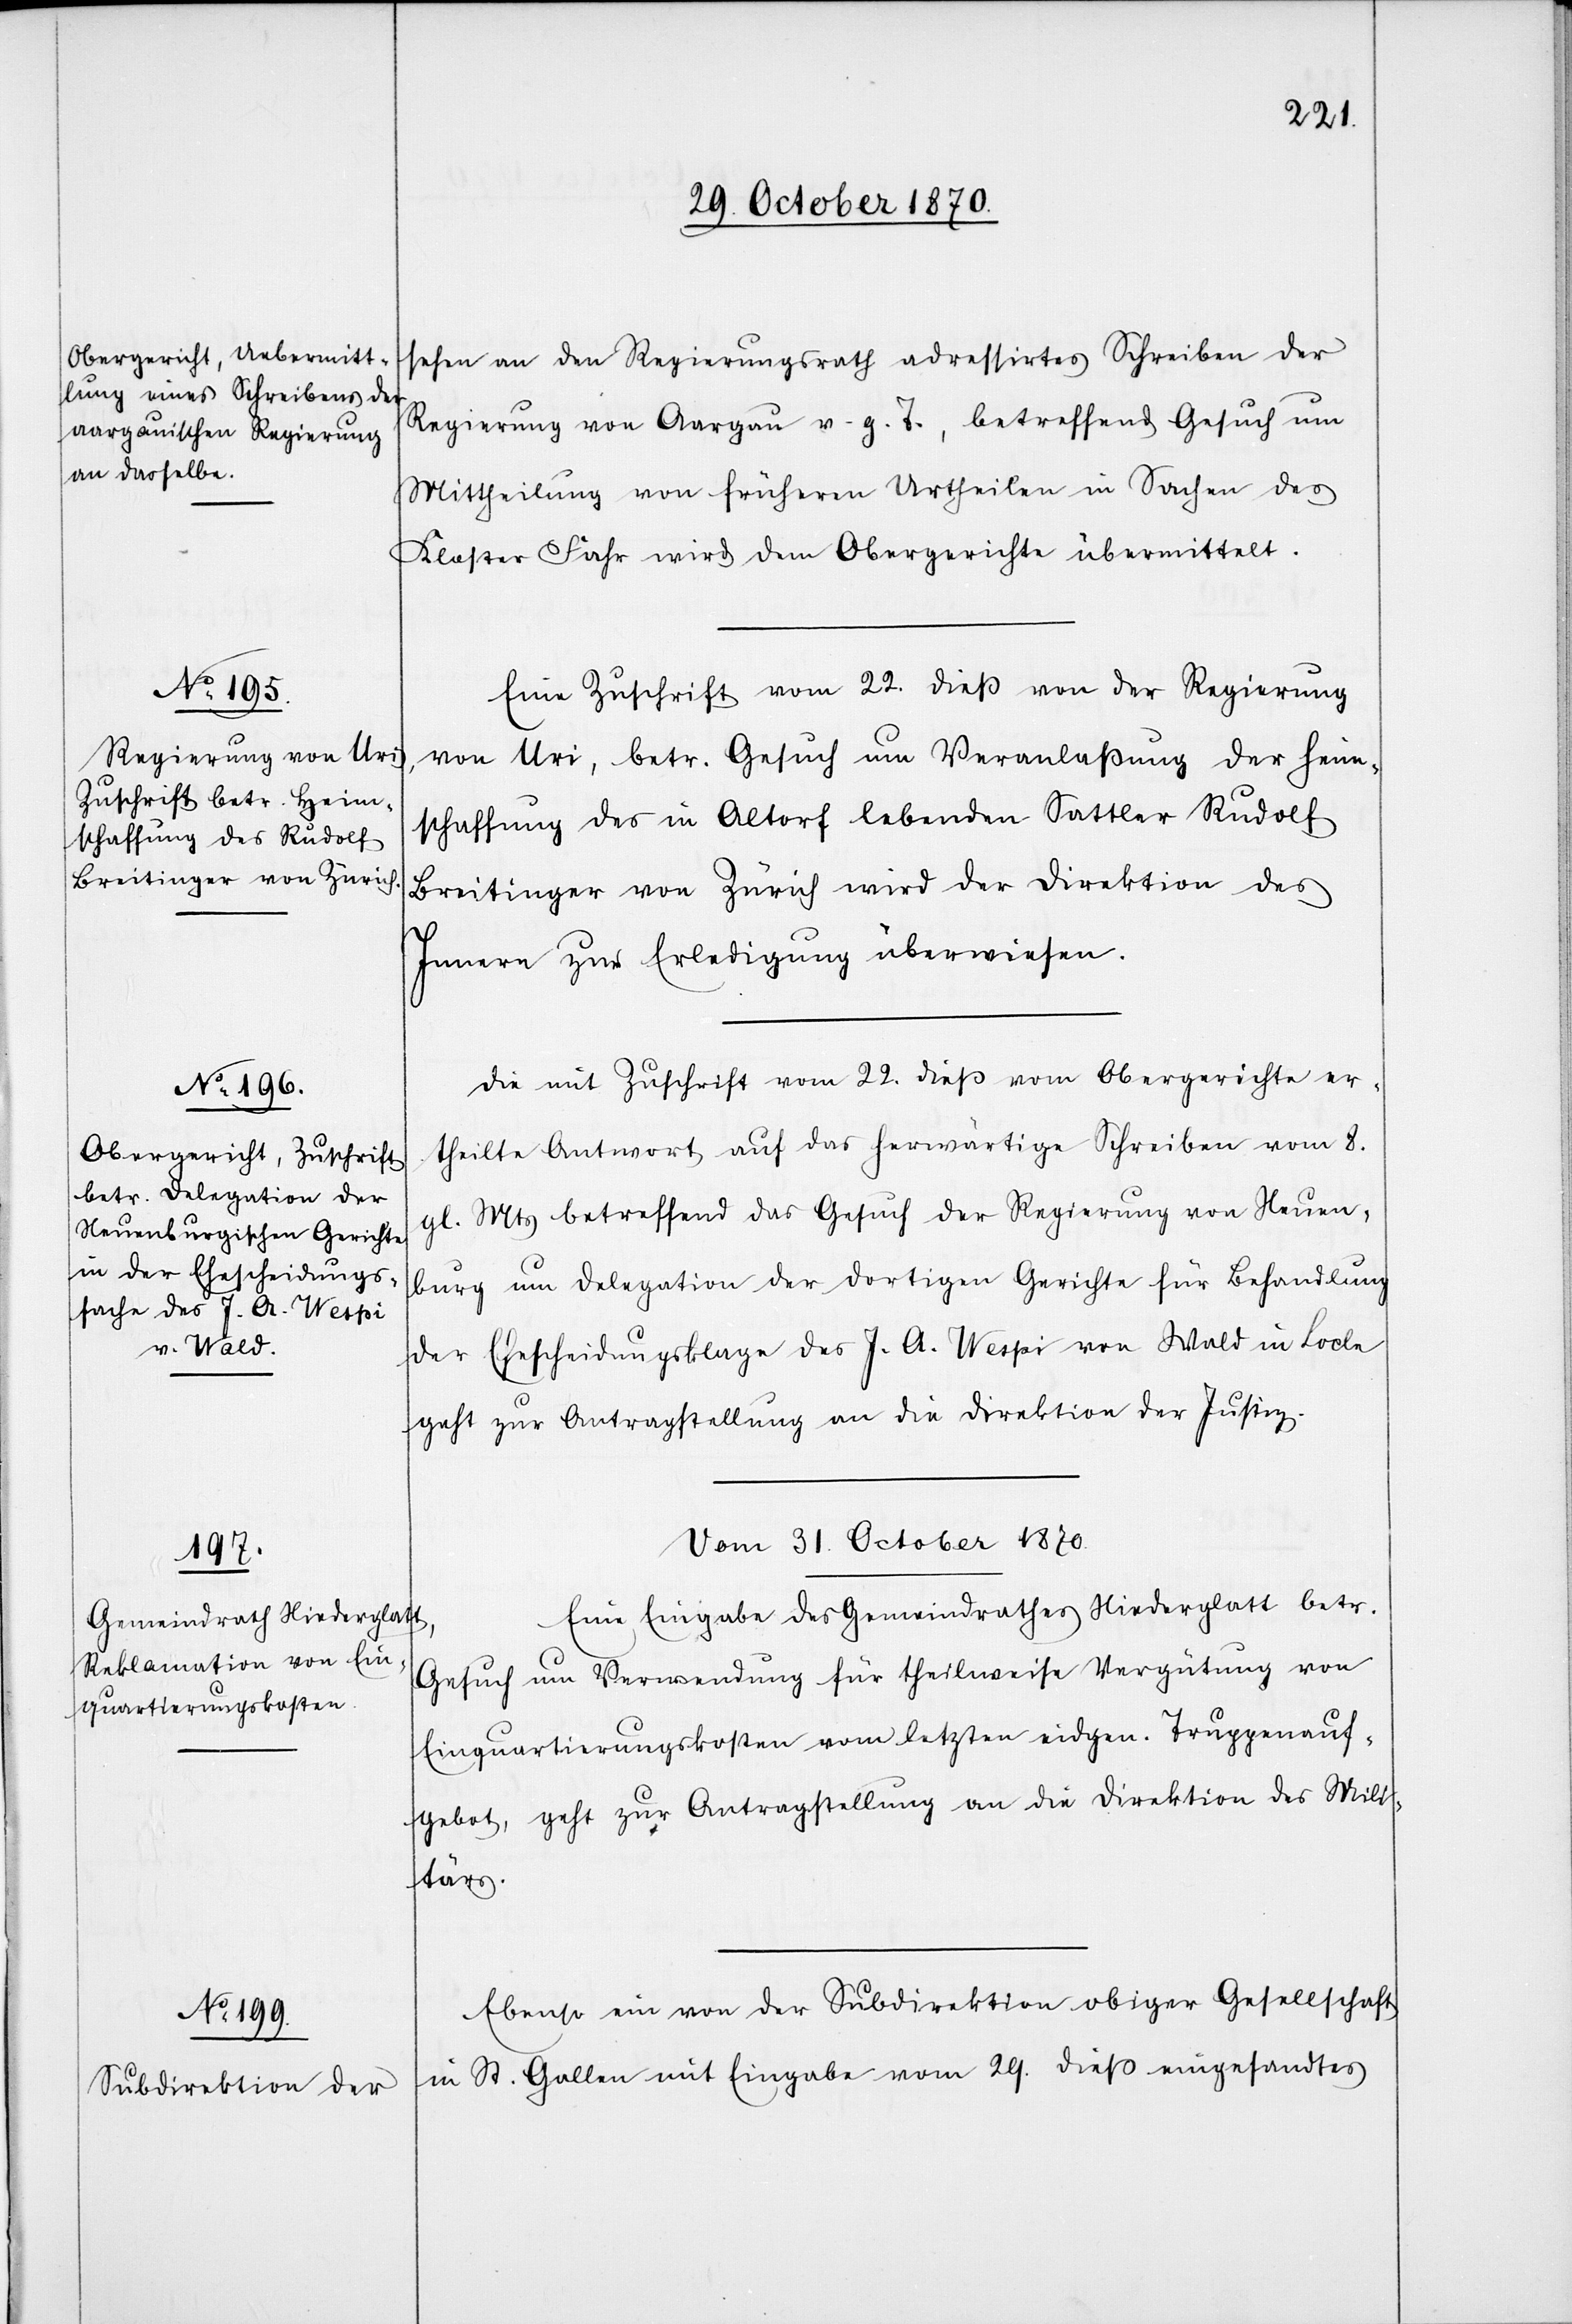
29. October 1870.]
sehen an den Regierungsrath adressirtes Schreiben der
Regierung von Aargau v. g. T., betreffend Gesuch um
Mittheilung von früheren Urtheilen in Sachen des
Kloster Fahr wird dem Obergerichte übermittelt.
Eine Zuschrift vom 22. dieß von der Regierung
von Uri, betr. Gesuch um Veranlaßung der Heim¬
schaffung des in Altorf lebenden Sattler Rudolf
Breitinger von Zürich wird der Direktion des
Innern zur Erledigung überwiesen.
Die mit Zuschrift vom 22. dieß vom Obergerichte er¬
theilte Antwort auf das herwärtige Schreiben vom 8.
gl. Mts betreffend das Gesuch der Regierung von Neuen¬
burg um Delegation der dortigen Gerichte für Behandlung
der Ehescheidungsklage des J. A. Wespi von Wald in Locle
geht zur Antragstellung an die Direktion der Justiz.
Vom 31. October 1870.]
Eine Eingabe des Gemeindrathes Niederglatt betr.
Gesuch um Verwendung für theilweise Vergütung von
Einquartirungskosten vom letzten eidgen. Truppenauf¬
gebot, geht zur Antragstellung an die Direktion des Mili¬
tärs.
Ebenso ein von der Subdirektion obiger Gesellschaft
in St. Gallen mit Eingabe vom 29. dieß eingesandtes